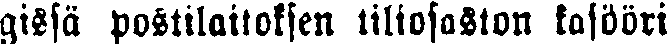
gissä postilaitoksen tiliosaston kasööri